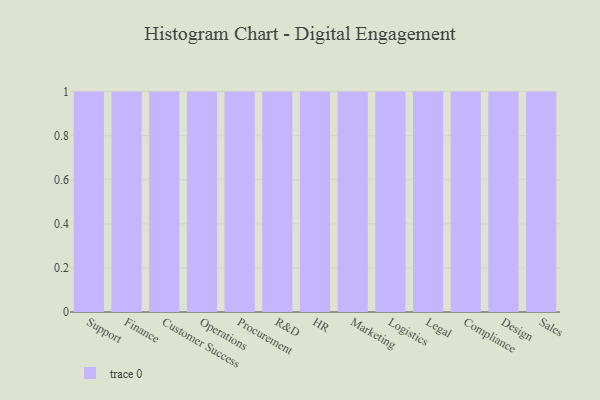
{"axis": {"x": "Department", "y": "Shipments"}, "legend": [""], "data": [{"x": "Support", "y": 19, "type": ""}, {"x": "Finance", "y": 90, "type": ""}, {"x": "Customer Success", "y": 66, "type": ""}, {"x": "Operations", "y": 43, "type": ""}, {"x": "Procurement", "y": 34, "type": ""}, {"x": "R&D", "y": 49, "type": ""}, {"x": "HR", "y": 54, "type": ""}, {"x": "Marketing", "y": 32, "type": ""}, {"x": "Logistics", "y": 42, "type": ""}, {"x": "Legal", "y": 42, "type": ""}, {"x": "Compliance", "y": 5, "type": ""}, {"x": "Design", "y": 16, "type": ""}, {"x": "Sales", "y": 83, "type": ""}]}